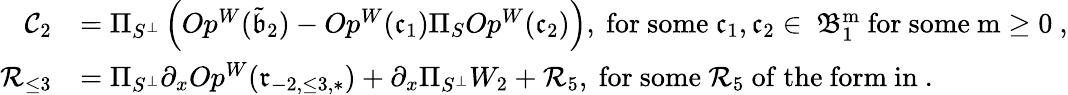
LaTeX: \begin{array}{rl}{\mathcal{C}_{2}}&{=\Pi_{S^{\perp}}\left(Op^{W}(\tilde{\mathfrak{b}}_{2})-Op^{W}(\mathfrak{c}_{1})\Pi_{S}Op^{W}(\mathfrak{c}_{2})\right),\mathrm{~for~some~\mathfrak{c}_1,\mathfrak{c}_2\in~\mathfrak{B}^m_1~for~some~m\ge 0~,}}\\ {\mathcal{R}_{\le 3}}&{=\Pi_{S^{\perp}}\partial_{x}Op^{W}(\mathfrak{r}_{-2,\le 3,*})+\partial_{x}\Pi_{S^{\perp}}W_{2}+\mathcal{R}_{5},\mathrm{~for~some~\mathcal{R}_5~of~the~form~in~.}}\end{array}